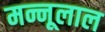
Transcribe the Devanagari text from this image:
मन्नूलाल